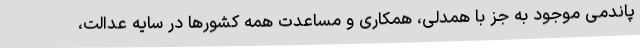
پاندمی موجود به جز با همدلی، همکاری و مساعدت همه کشورها در سایه عدالت،